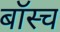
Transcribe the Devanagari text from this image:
बॉस्च